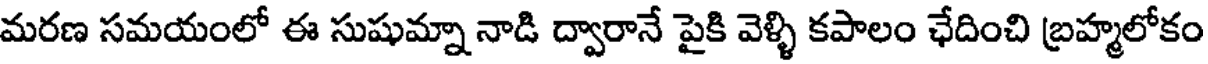
మరణ సమయంలో ఈ సుషుమ్నా నాడి ద్వారానే పైకి వెళ్ళి కపాలం ఛేదించి బ్రహ్మలోకం